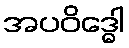
အပဝိဒ္ဓေါ